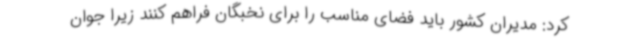
کرد: مدیران کشور باید فضای مناسب را برای نخبگان فراهم کنند زیرا جوان